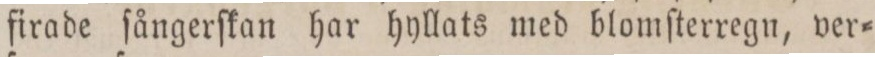
firade ſångerſkan har hyllats med blomſterregn, ver=